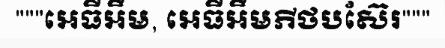
"""អេធីអឹម, អេធីអឹមភីថបស៊ែរ"""